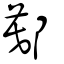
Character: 鄚